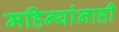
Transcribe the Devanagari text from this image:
महिन्यांनाही